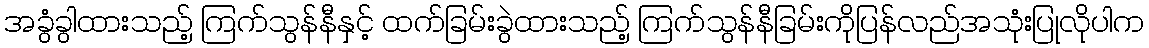
အခွံခွါထားသည့် ကြက်သွန်နီနှင့် ထက်ခြမ်းခွဲထားသည့် ကြက်သွန်နီခြမ်းကိုပြန်လည်အသုံးပြုလိုပါက